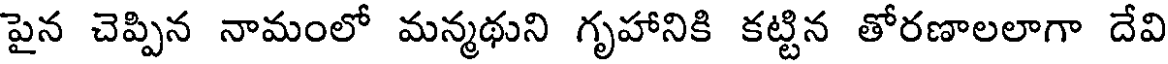
పైన చెప్పిన నామంలో మన్మథుని గృహానికి కట్టిన తోరణాలలాగా దేవి